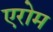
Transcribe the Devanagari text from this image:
एरोम